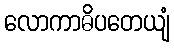
လောကာဓိပတေယျံ